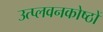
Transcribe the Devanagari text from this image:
उत्प्लवनकोष्ठों